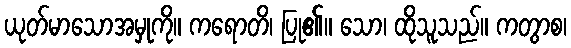
ယုတ်မာသောအမှုကို။ ကရောတိ၊ ပြု၏။ သော၊ ထိုသူသည်။ ကတွာစ၊